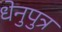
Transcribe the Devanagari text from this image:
धेनुपुत्र